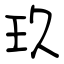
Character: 玖